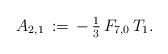
LaTeX: \begin{align*}A_{2,1}\,:=\,-\,\tfrac{1}{3}\,F_{7,0}\,T_1.\end{align*}